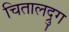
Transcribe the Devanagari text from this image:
चितालद्रुग